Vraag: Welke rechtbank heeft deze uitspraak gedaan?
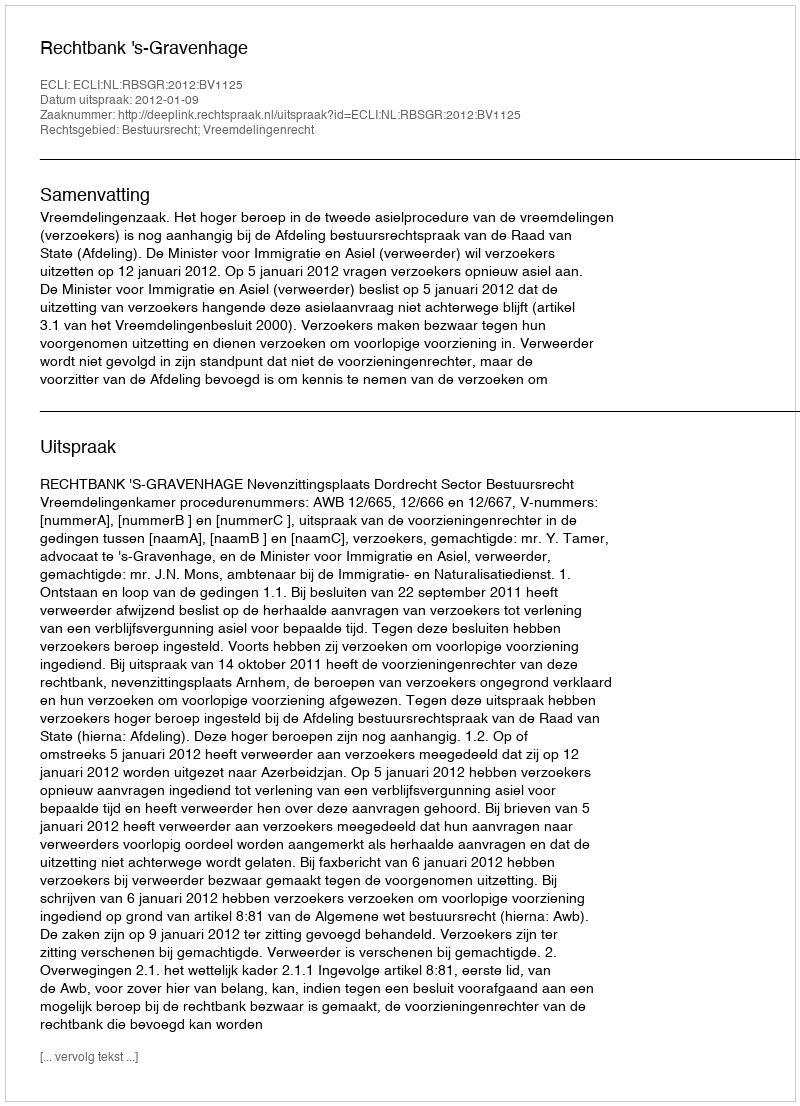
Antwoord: Rechtbank 's-Gravenhage